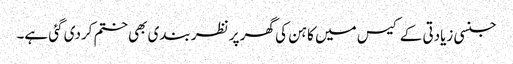
جنسی زیادتی کے کیس میں کاہن کی گھر پر نظر بندی بھی ختم کردی گئی ہے۔